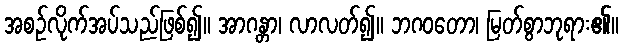
အစဉ်လိုက်အပ်သည်ဖြစ်၍။ အာဂန္တာ၊ လာလတ်၍။ ဘဂဝတော၊ မြတ်စွာဘုရား၏။